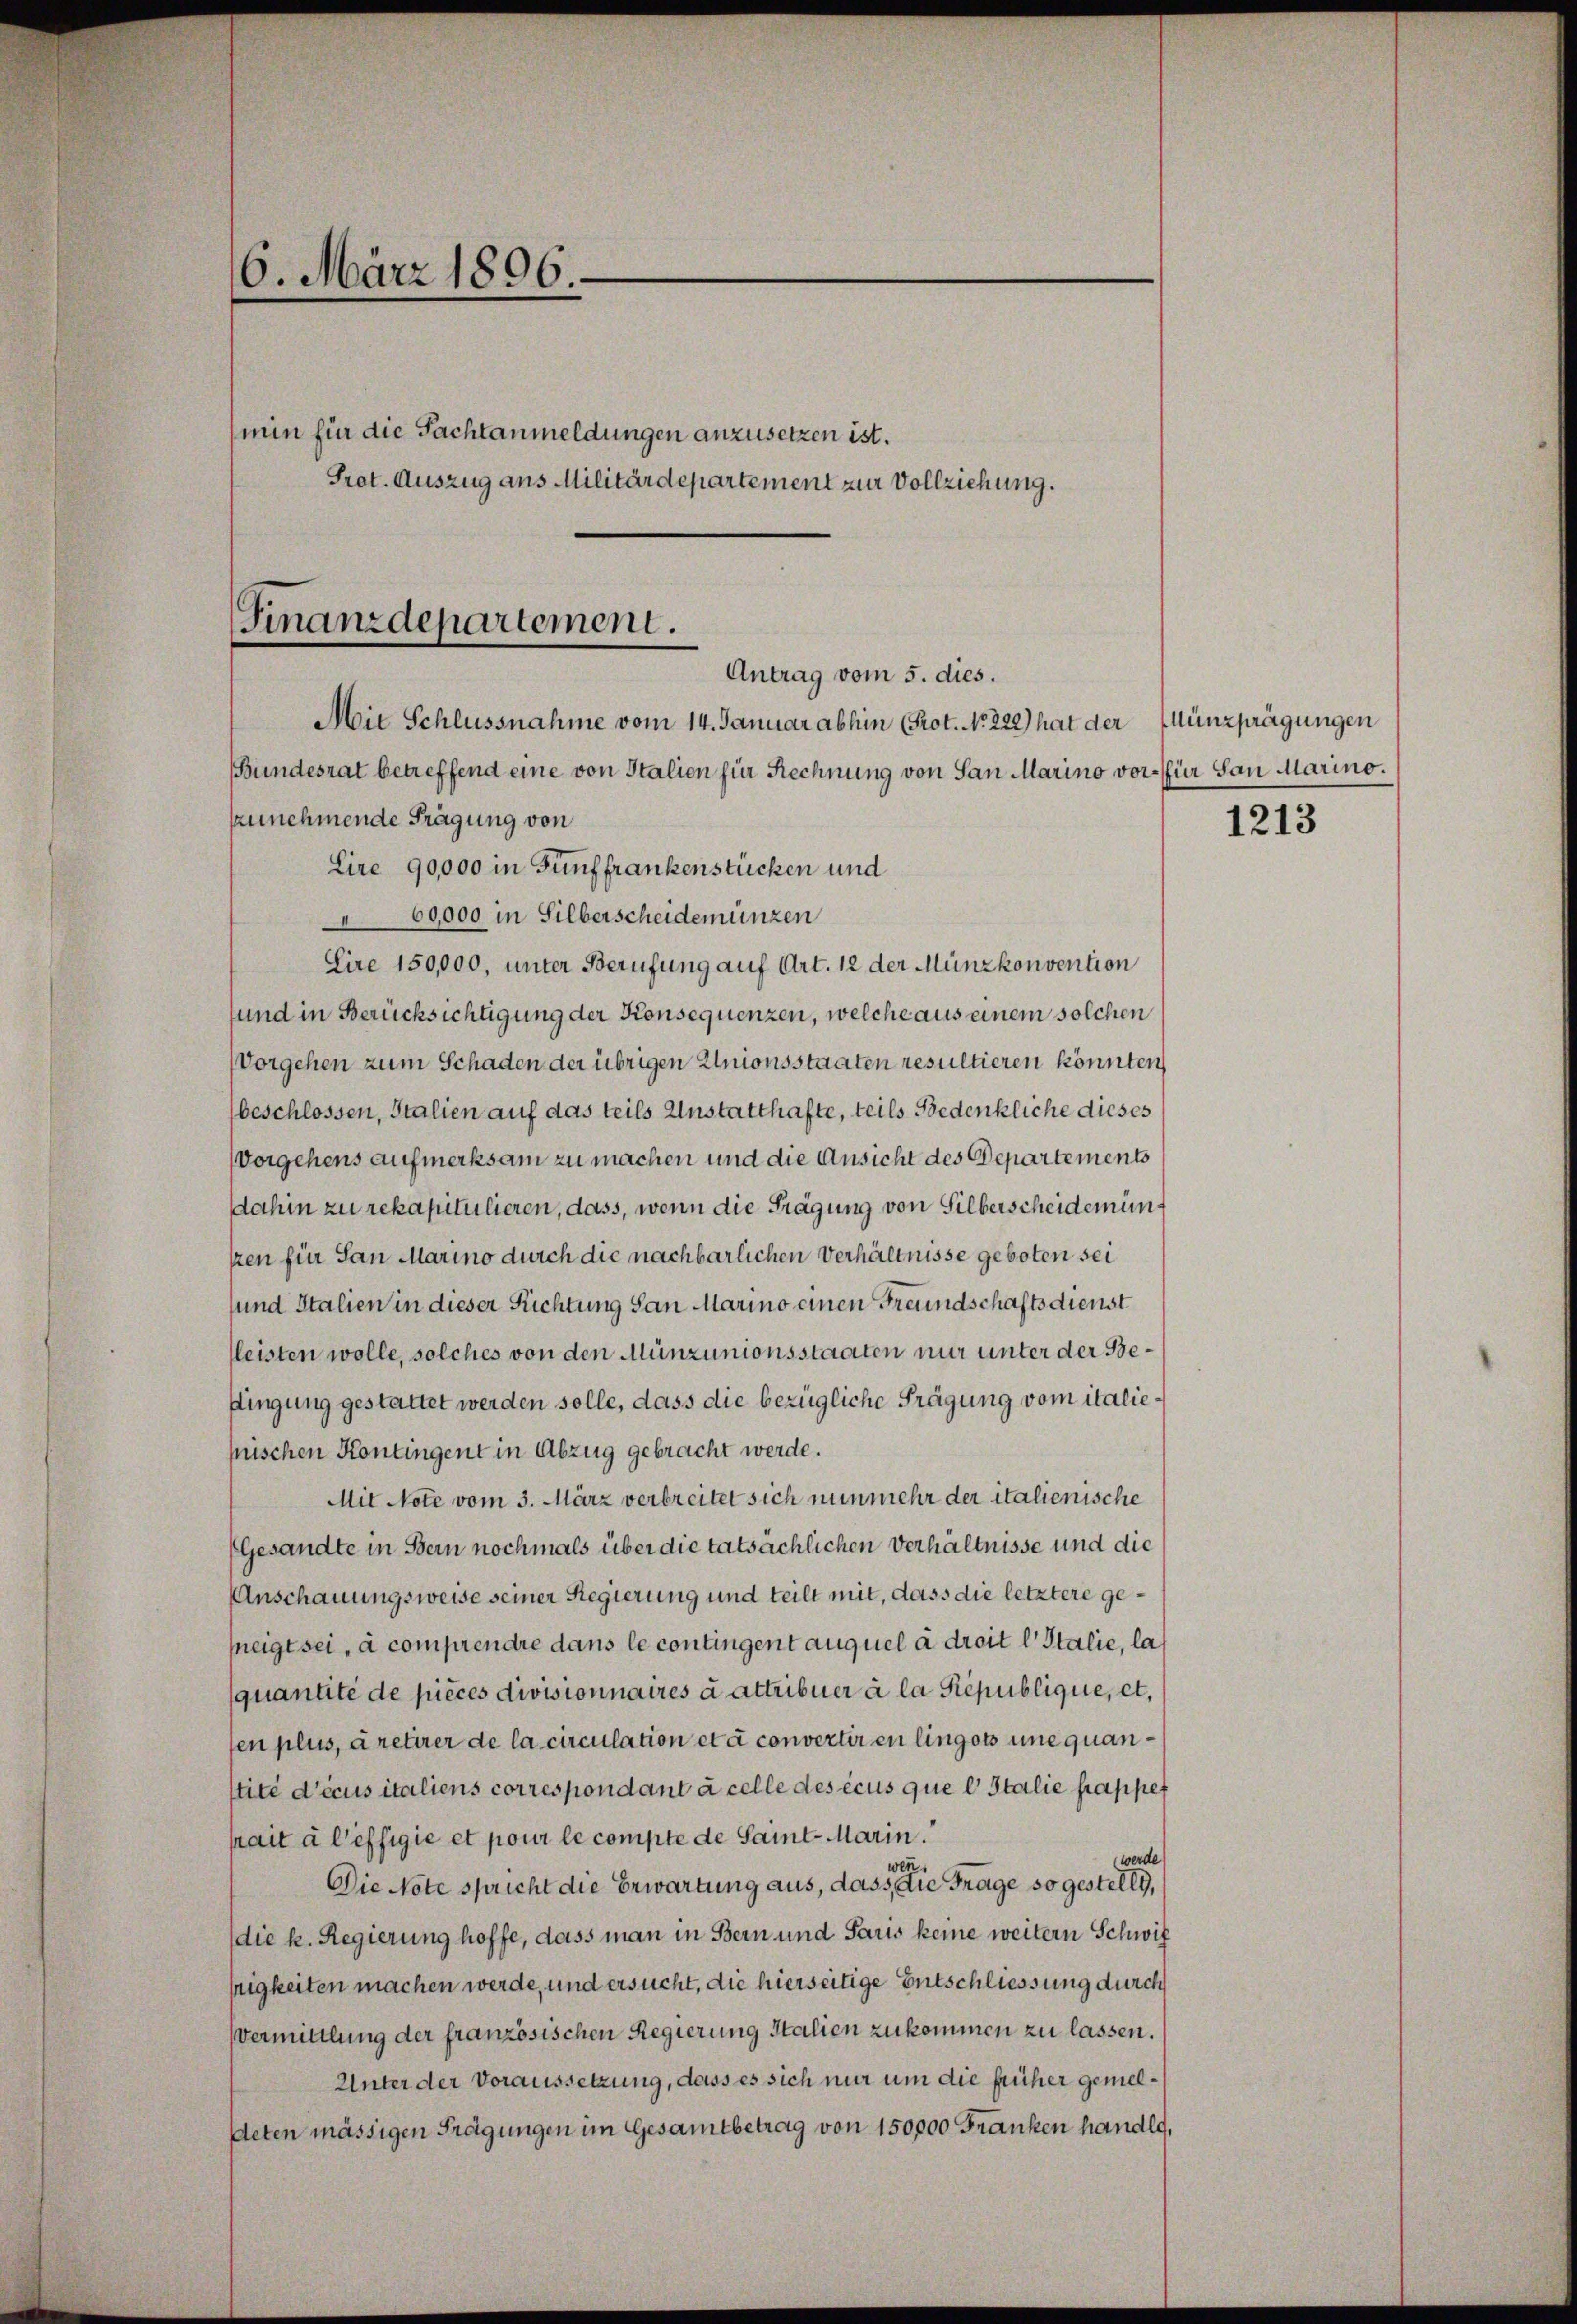
6. März 1806.
min für die Pachtanmeldungen anzusetzen ist.
Prot. Auszug aus Militärdepartement zur Vollziehung.

Mit Schlussnahme vom 14. Januar abhin (Prot. No. 222) hat der
Bundesrat betreffend eine von Italien für Rechnung von San Marino vor- für San Marino.
zunehmende Frägung von
Lire 90,000 in Fünffrankenstücken und
60,000 in Silberscheidemünzen
Lire 150,000, unter Berufung auf Art. 12 der Münzkonvention
sund in Berücksichtigung der Konsequenzen, welche aus einem solchen
Vorgehen zum Schaden der übrigen Unionsstaaten resultieren könnten
beschlossen, Stalien auf das teils Anstatthafte, teils Bedenkliche dieses
Vorgehens aufmerksam zu machen und die Ansicht des Departements
dahin zu rekapitulieren, dass, wenn die Tragung von Silberscheidemünsren für San Marino durch die nachbarlichen Verhältnisse geboten sei
sund Italien in dieser Richtung San Marino einen Freundschaftsdienst
fleisten wolle, solches von den Münzunionsstaaten nur unter der Besingung gestattet werden solle, dass die bezügliche Frägung vom italiefischen Kontingent in Abzug gebracht werde.
Mit Note vom 3. März verbreitet sich nunmehr der italienische
Gesandte in Bern nochmals über die tatsächlichen Verhältnisse und die
Anschauungsweise seiner Regierung und teilt mit, dass die letztere geneigt sei, à comprendre dans le contingent auquel a droit l. Stalie, las
quantité de pièces divisionnaires a attribuer à la République, et,
sen plus, a retirer de la circulation et à convertir en lingots une quanstité d’écus italiens correspondant à celle des écus que e Italie frappet
hait à l’effigie et pour le compte de Saint-Marin.
werde.
wen.
Die Note spricht die Erwartung aus, dass die Frage so gestellt,
(die k. Regierung hoffe, dass man in Bern und Paris keine weitern Schwif
sigkeiten machen werde, und ersucht, die hierseitige Entschliessung durch
Vermittlung der französischen Regierung Italien zukommen zu lassen.
Unter der Voraussetzung, dass es sich nur um die früher gemeldeten mässigen Frägungen im Gesamtbetrag von 150000 Franken handlg.

(Finanzdepartement.
Antrag vom 5. dies.

Münzprägungen

1213